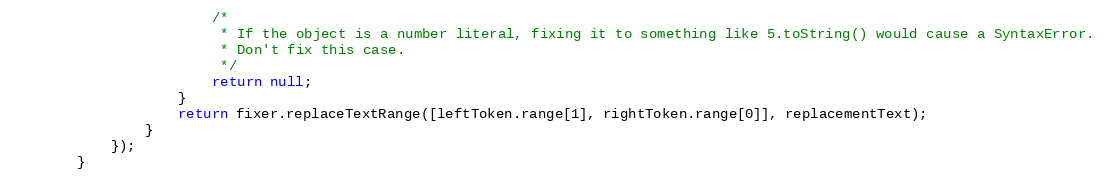
Language: JavaScript
                        /*
                         * If the object is a number literal, fixing it to something like 5.toString() would cause a SyntaxError.
                         * Don't fix this case.
                         */
                        return null;
                    }
                    return fixer.replaceTextRange([leftToken.range[1], rightToken.range[0]], replacementText);
                }
            });
        }